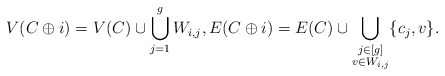
\begin{align*}V(C \oplus i) = V(C) \cup \bigcup_{j = 1}^g W_{i,j}, E(C \oplus i) = E(C) \cup \bigcup_{\substack{j \in [g]\\v \in W_{i,j}}} \{c_j, v\}.\end{align*}